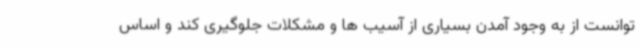
توانست از به وجود آمدن بسیاری از آسیب ها و مشکلات جلوگیری کند و اساس